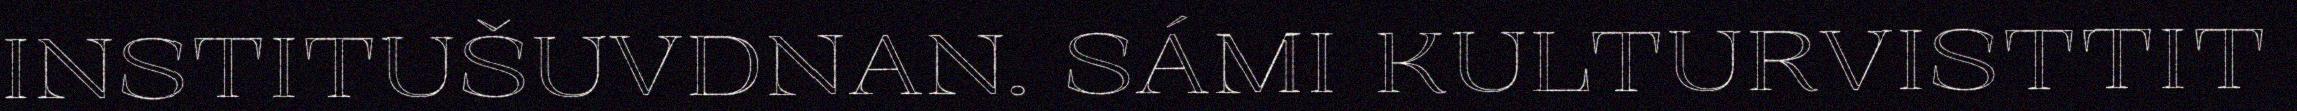
INSTITUŠUVDNAN. SÁMI KULTURVISTTIT